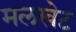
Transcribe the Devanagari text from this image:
मलखेट